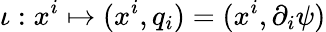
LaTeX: \iota:x^{i}\mapsto(x^{i},q_{i})=(x^{i},\partial_{i}\psi)